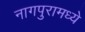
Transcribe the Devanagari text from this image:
नागपुरामध्ये